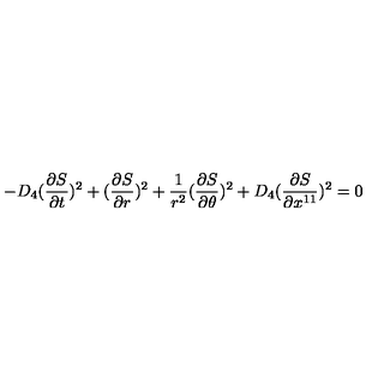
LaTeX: - D _ { 4 } ( { \frac { \partial S } { \partial t } } ) ^ { 2 } + ( { \frac { \partial S } { \partial r } } ) ^ { 2 } + { \frac { 1 } { r ^ { 2 } } } ( { \frac { \partial S } { \partial \theta } } ) ^ { 2 } + D _ { 4 } ( { \frac { \partial S } { \partial x ^ { 1 1 } } } ) ^ { 2 } = 0 ~